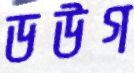
ডউগ